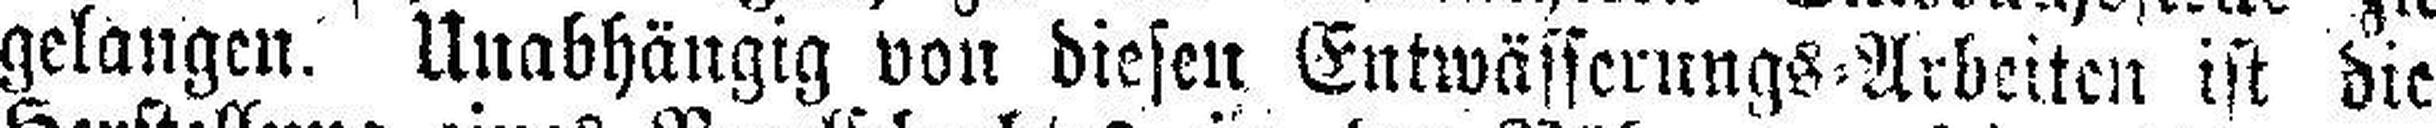
gelangen. Unabhängig von diesen Entwässerungs=Arbeiten ist die